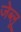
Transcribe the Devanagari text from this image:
जेब्‍लू